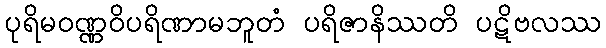
ပုရိမဝဏ္ဏဝိပရိဏာမဘူတံ ပရိဇာနိဿတိ ပဋိဗလဿ